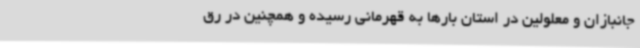
جانبازان و معلولین در استان بارها به قهرمانی رسیده و همچنین در رق